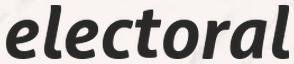
electoral